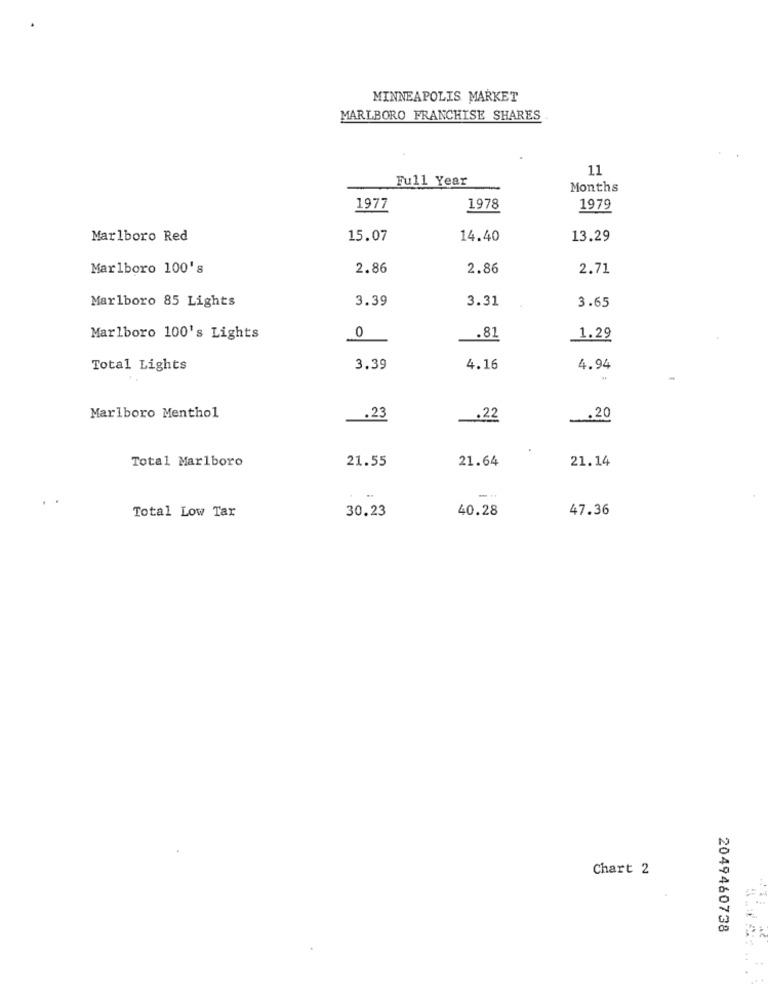
MINNEAPOLIS MARKET
MARLBORO FRANCHISE SHARES
11
Full Year
Months
1977
1978
1979
Marlboro Red
15.07
14.40
13.29
Marlboro 100's
2.86
2.86
2.71
Marlboro 85 Lights
3.39
3.31
3.65
0
Marlboro 100's Lights
.81
1.29
Total Lights
3.39
4.16
4.94
Marlboro Menthol
.23
.22
.20
Total Marlboro
21.55
21.64
21.14
..
30.23
40.28
47.36
Total Low Tax
Chart 2
2049460738